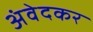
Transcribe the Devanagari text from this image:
अंवेदकर